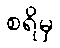
စရိမှ